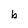
Character: b